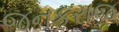
જનકરાજ